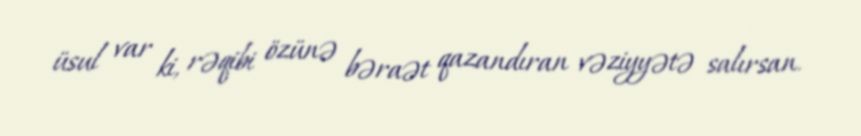
üsul var ki, rəqibi özünə bəraət qazandıran vəziyyətə salırsan.